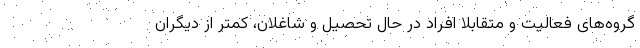
گروه‌های فعالیت و متقابلاً افراد در حال تحصیل و شاغلان، کمتر از دیگران